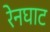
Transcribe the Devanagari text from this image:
रेनघाट